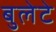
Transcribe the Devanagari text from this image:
बुलेटे